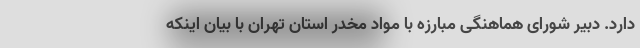
دارد. دبیر شورای هماهنگی مبارزه با مواد مخدر استان تهران با بیان اینکه